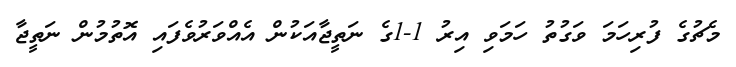
މެޗުގެ ފުރިހަމަ ވަގުތު ހަމަވި އިރު 1-1ގެ ނަތީޖާއަކުން އެއްވަރުވެފައި އޮތުމުން ނަތީޖާ